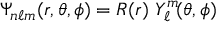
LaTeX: \Psi _ { n \ell m } ( r , \theta , \phi ) = R ( r ) \, \, Y _ { \ell } ^ { m } \! ( \theta , \phi )